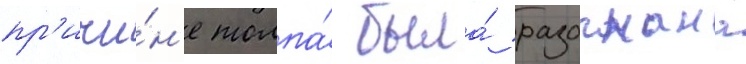
пр'ичи́н'е толпа́ была́ разогнана